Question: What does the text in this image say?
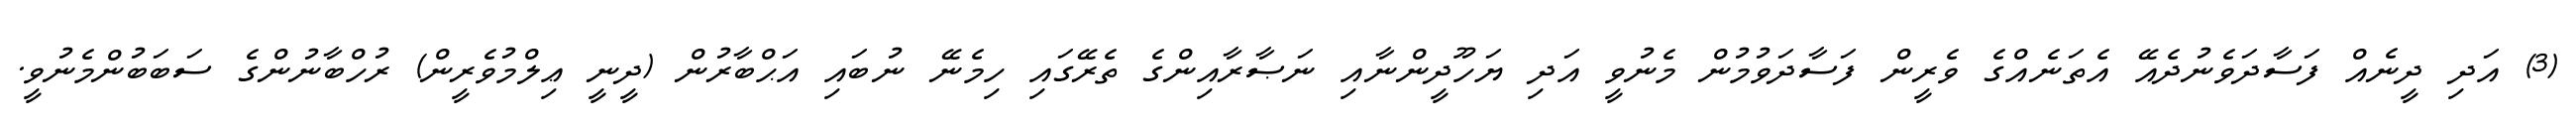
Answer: (3) އަދި ދީނެއް ފަސާދަވެނުދެއޭ އެތަނެއްގެ ވެރީން ފަސާދަވުމުން މެނުވީ އަދި ޔަހޫދީންނާއި ނަޞާރާއިންގެ ތެރޭގައި ހިމެނޭ ނުބައި އަޙްބާރުން (ދީނީ ޢިލްމުވެރީން) ރުހްބާނުންގެ ސަބަބުންމެނުވީ.